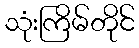
သုံးကြိမ်တိုင်